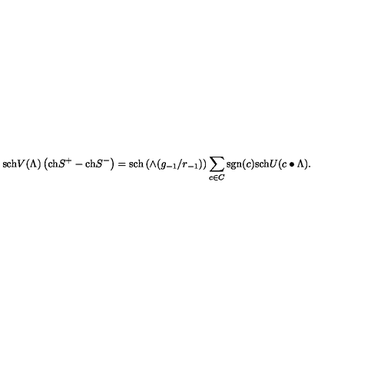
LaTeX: \mathrm { s c h } V ( \Lambda ) \left( \mathrm { c h } S ^ { + } - \mathrm { c h } S ^ { - } \right) = \mathrm { s c h } \left( \wedge ( g _ { - 1 } / r _ { - 1 } ) \right) \sum _ { c \in C } \mathrm { s g n } ( c ) \mathrm { s c h } U ( c \bullet \Lambda ) .